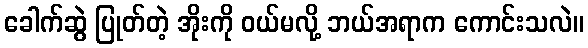
ခေါက်ဆွဲ ပြုတ်တဲ့ အိုးကို ဝယ်မလို့ ဘယ်အရာက ကောင်းသလဲ။